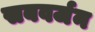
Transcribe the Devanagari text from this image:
सबवर्जन